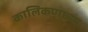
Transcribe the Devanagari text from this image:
कालिकणाच्या